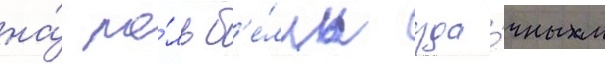
на́ ро́ль б'е́лль уда́чным